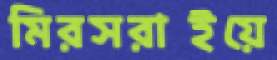
মিরসরাইয়ে